Leaving Certificate Examination, 1918
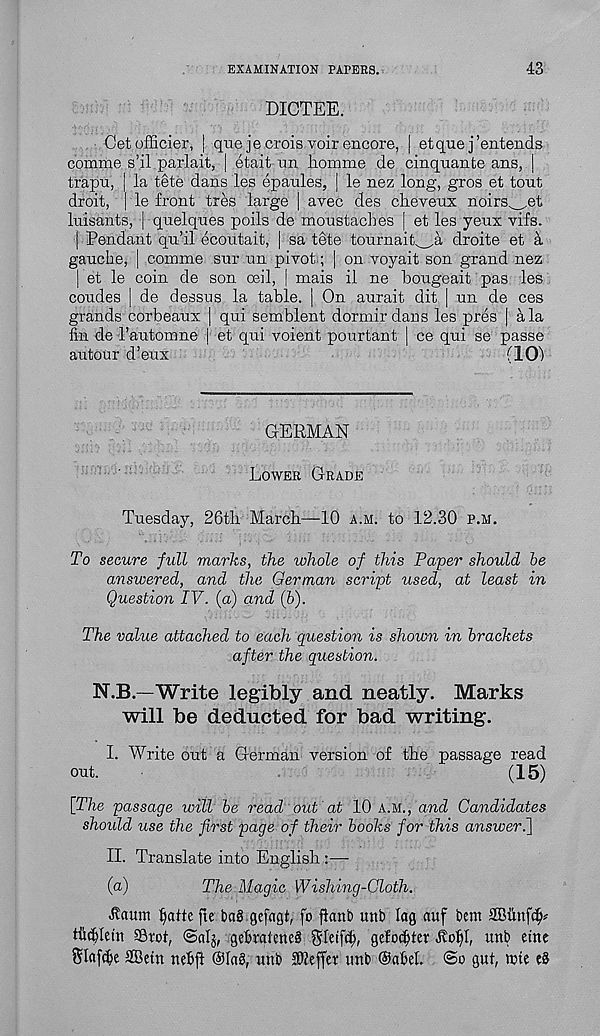
EXAMINATION PAPERS.
43
DICTEE.
Cetofficier, | quejecrois voir encore, [ etquej’entends
comme s’.il parlait, | etait un homnre de cinquante ans, |
trapu, j la tete dans les epaules, | le nez long, gros et tout
droit, | le front tres large | avec des cheveux noirs^et
luisants, | quelques polls de moustaches | et les yeux vifs.
| Pendant qu’il ecoutait, | sa tete tournait^a droite et a
gauche, | comme sur un pivot.; | on voyait son grand nez
| et le coin de son ceil, [ mais il ne bougeait pas les
coudes | de dessus la table, j On aurait dit | un de ces
grands corbeaux | qui semblent dortnir dans les pres | ala
fin de I’automne | et qui voient pourtant | ce qui se passe
autour d’eux
(101
GERMAN
Lower Grade
Tuesday, 26th. March—10 a.m. to 12.30 p.m.
To secure full marks, the whole of this Paper should be
answered, and the German script used, at least in
Question IV. (a) and (b).
The value attached to each question is shown in brackets
after the question.
N.B.- Write legibly and neatly. Marks
will be deducted for bad writing.
I. Write out a German version of the passage read
out.
(15)
[The passage will be read out at 10 a.m., and Candidates
shoidd use the first page of their books for this answeri]
II. Translate into English:—•
(a)
The Magic Wishing-Cloth.
Jlcmm ^atte fie t>a§ gefngt, fo flanb unb lag auf bent SBftnfdh
tfiifiletn SSrot, @al$, gefiraieneS 01etf$, gefodfier
unb etne
$Iaf<fie SBetn nefifl @Ia§, unb 9Jieffet unb ©afieh
gut, nfie e8